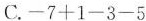
C.$$.-7+1-3-5$$